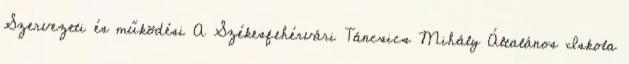
Szervezeti és működési A Székesfehérvári Táncsics Mihály Általános Iskola